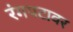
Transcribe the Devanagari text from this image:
रंगपटावर